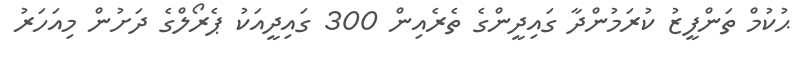
ޙުކުމް ތަންފީޒު ކުރަމުންދާ ގައިދީންގެ ތެރެއިން 300 ގައިދީއަކު ޕެރޯލްގެ ދަށުން މިއަހަރު